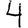
Digit: 4